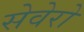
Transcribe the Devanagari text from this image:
सेवेरो